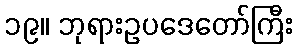
၁၉။ ဘုရားဥပဒေတော်ကြီး